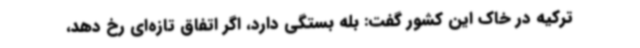
ترکیه در خاک این کشور گفت: بله بستگی دارد، اگر اتفاق تازه‌ای رخ دهد،